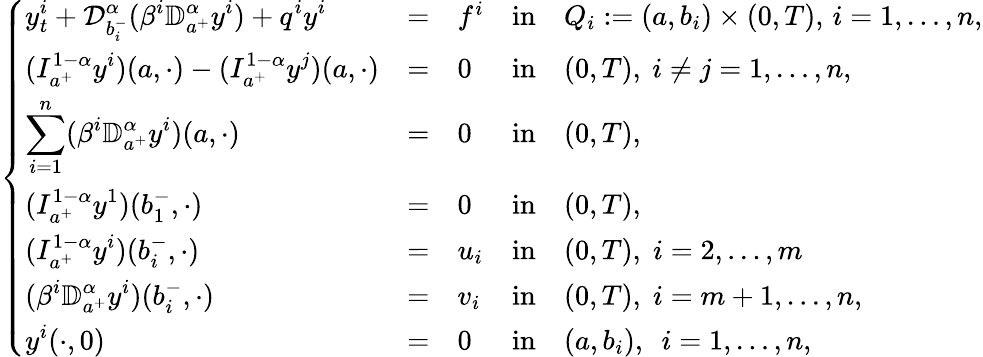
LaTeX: \left\{ \begin{array}{lllllllllllllllll}{\displaystyle y_{t}^{i}+\mathcal{D}_{b_{i}^{-}}^{\alpha}(\beta^{i}\mathbb{D}_{a^{+}}^{\alpha}y^{i})+q^{i}y^{i}}&{=}&{f^{i}}&{\mathrm{in}}&{Q_{i}:=(a,b_{i})\times(0,T),\, i=1,\dots,n,}\\ {\displaystyle(I_{a^{+}}^{1-\alpha}y^{i})(a,\cdot)-(I_{a^{+}}^{1-\alpha}y^{j})(a,\cdot)}&{=}&{0}&{\mathrm{in}}&{(0,T),~i\neq j=1,\dots,n,}\\ {\displaystyle\sum_{i=1}^{n}(\beta^{i}\mathbb{D}_{a^{+}}^{\alpha}y^{i})(a,\cdot)}&{=}&{0}&{\mathrm{in}}&{(0,T),}\\ {\displaystyle(I_{a^{+}}^{1-\alpha}y^{1})(b_{1}^{-},\cdot)}&{=}&{0}&{\mathrm{in}}&{(0,T),}\\ {\displaystyle(I_{a^{+}}^{1-\alpha}y^{i})(b_{i}^{-},\cdot)}&{=}&{u_{i}}&{\mathrm{in}}&{(0,T),\; i=2,\dots,m}\\ {\displaystyle(\beta^{i}\mathbb{D}_{a^{+}}^{\alpha}y^{i})(b_{i}^{-},\cdot)}&{=}&{v_{i}}&{\mathrm{in}}&{(0,T),\; i=m+1,\dots,n,}\\ {\displaystyle y^{i}(\cdot,0)}&{=}&{0}&{\mathrm{in}}&{(a,b_{i}),~~i=1,\dots,n,}\end{array}\right.